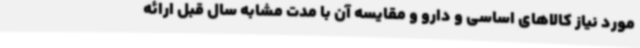
مورد نیاز کالاهای اساسی و دارو و مقایسه آن با مدت مشابه سال قبل ارائه